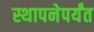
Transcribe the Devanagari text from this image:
स्थापनेपर्यंत